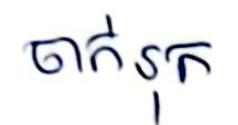
ចាក់រុក